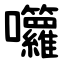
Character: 囖